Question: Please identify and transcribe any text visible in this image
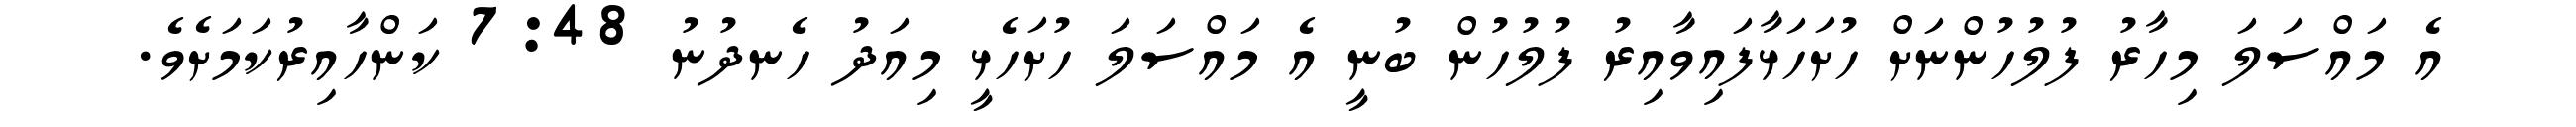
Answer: އެ މައްސަލަ މިހާރު ފުލުހުންނަށް ހުށަހަޅާފައިވާއިރު ފުލުހުން ބުނީ އެ މައްސަލަ ހުށަހެޅީ މިއަދު ހެނދުނު 7:48 ކަންހާއިރުކަމަށެވެ.